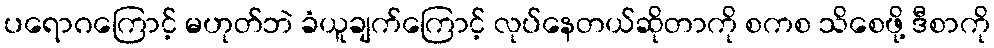
ပရောဂကြောင့် မဟုတ်ဘဲ ခံယူချက်ကြောင့် လုပ်နေတယ်ဆိုတာကို စကစ သိစေဖို့ ဒီစာကို